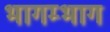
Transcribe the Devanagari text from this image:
भागम्भाग